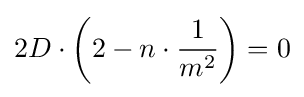
2D\cdot \left(2-n\cdot {\frac {1}{m^{2}}}\right)=0